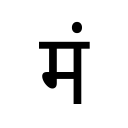
OCR:
मं